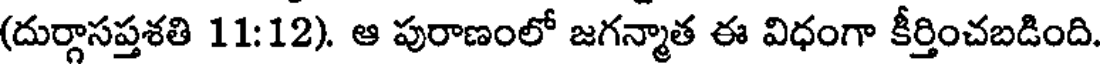
(దుర్గాసప్తశతి 11:12). ఆ పురాణంలో జగన్మాత ఈ విధంగా కీర్తించబడింది